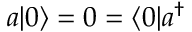
a | 0 \rangle = 0 = \langle 0 | a ^ { \dagger }